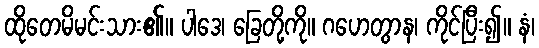
ထိုတေမိမင်းသား၏။ ပါဒေ၊ ခြေတို့ကို။ ဂဟေတွာန၊ ကိုင်ပြီး၍။ နံ၊